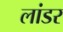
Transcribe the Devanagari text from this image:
लांडर